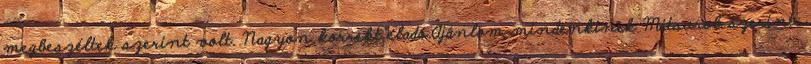
megbeszéltek szerint volt. Nagyon korrekt eladó.Ajánlom mindenkinek Mitsurob szerint: